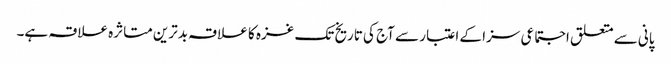
پانی سے متعلق اجتماعی سزا کے اعتبار سے آج کی تاریخ تک غزہ کا علاقہ بدترین متاثرہ علاقہ ہے۔